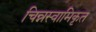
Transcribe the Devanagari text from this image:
चिन्नस्वामिकृत